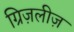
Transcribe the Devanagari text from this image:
ग्रिज़लीज़